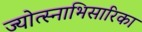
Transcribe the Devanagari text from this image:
ज्योत्स्नाभिसारिका